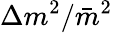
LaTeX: \Delta m^{2}/\bar{m}^{2}